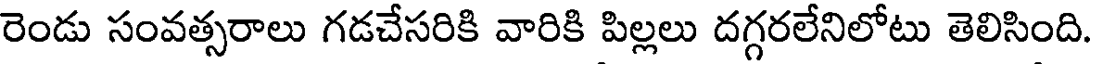
రెండు సంవత్సరాలు గడచేసరికి వారికి పిల్లలు దగ్గరలేనిలోటు తెలిసింది